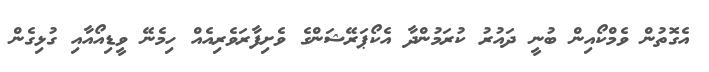
އެގޮތުން ވެމްކޯއިން ބުނީ ދައުރު ކުރަމުންދާ އެކޯޕަރޭޝަންގެ ވެށިފާރަވެރިއެއް ހިމެނޭ ވީޑިއޯއާއި ގުޅިގެން